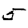
Digit: 5